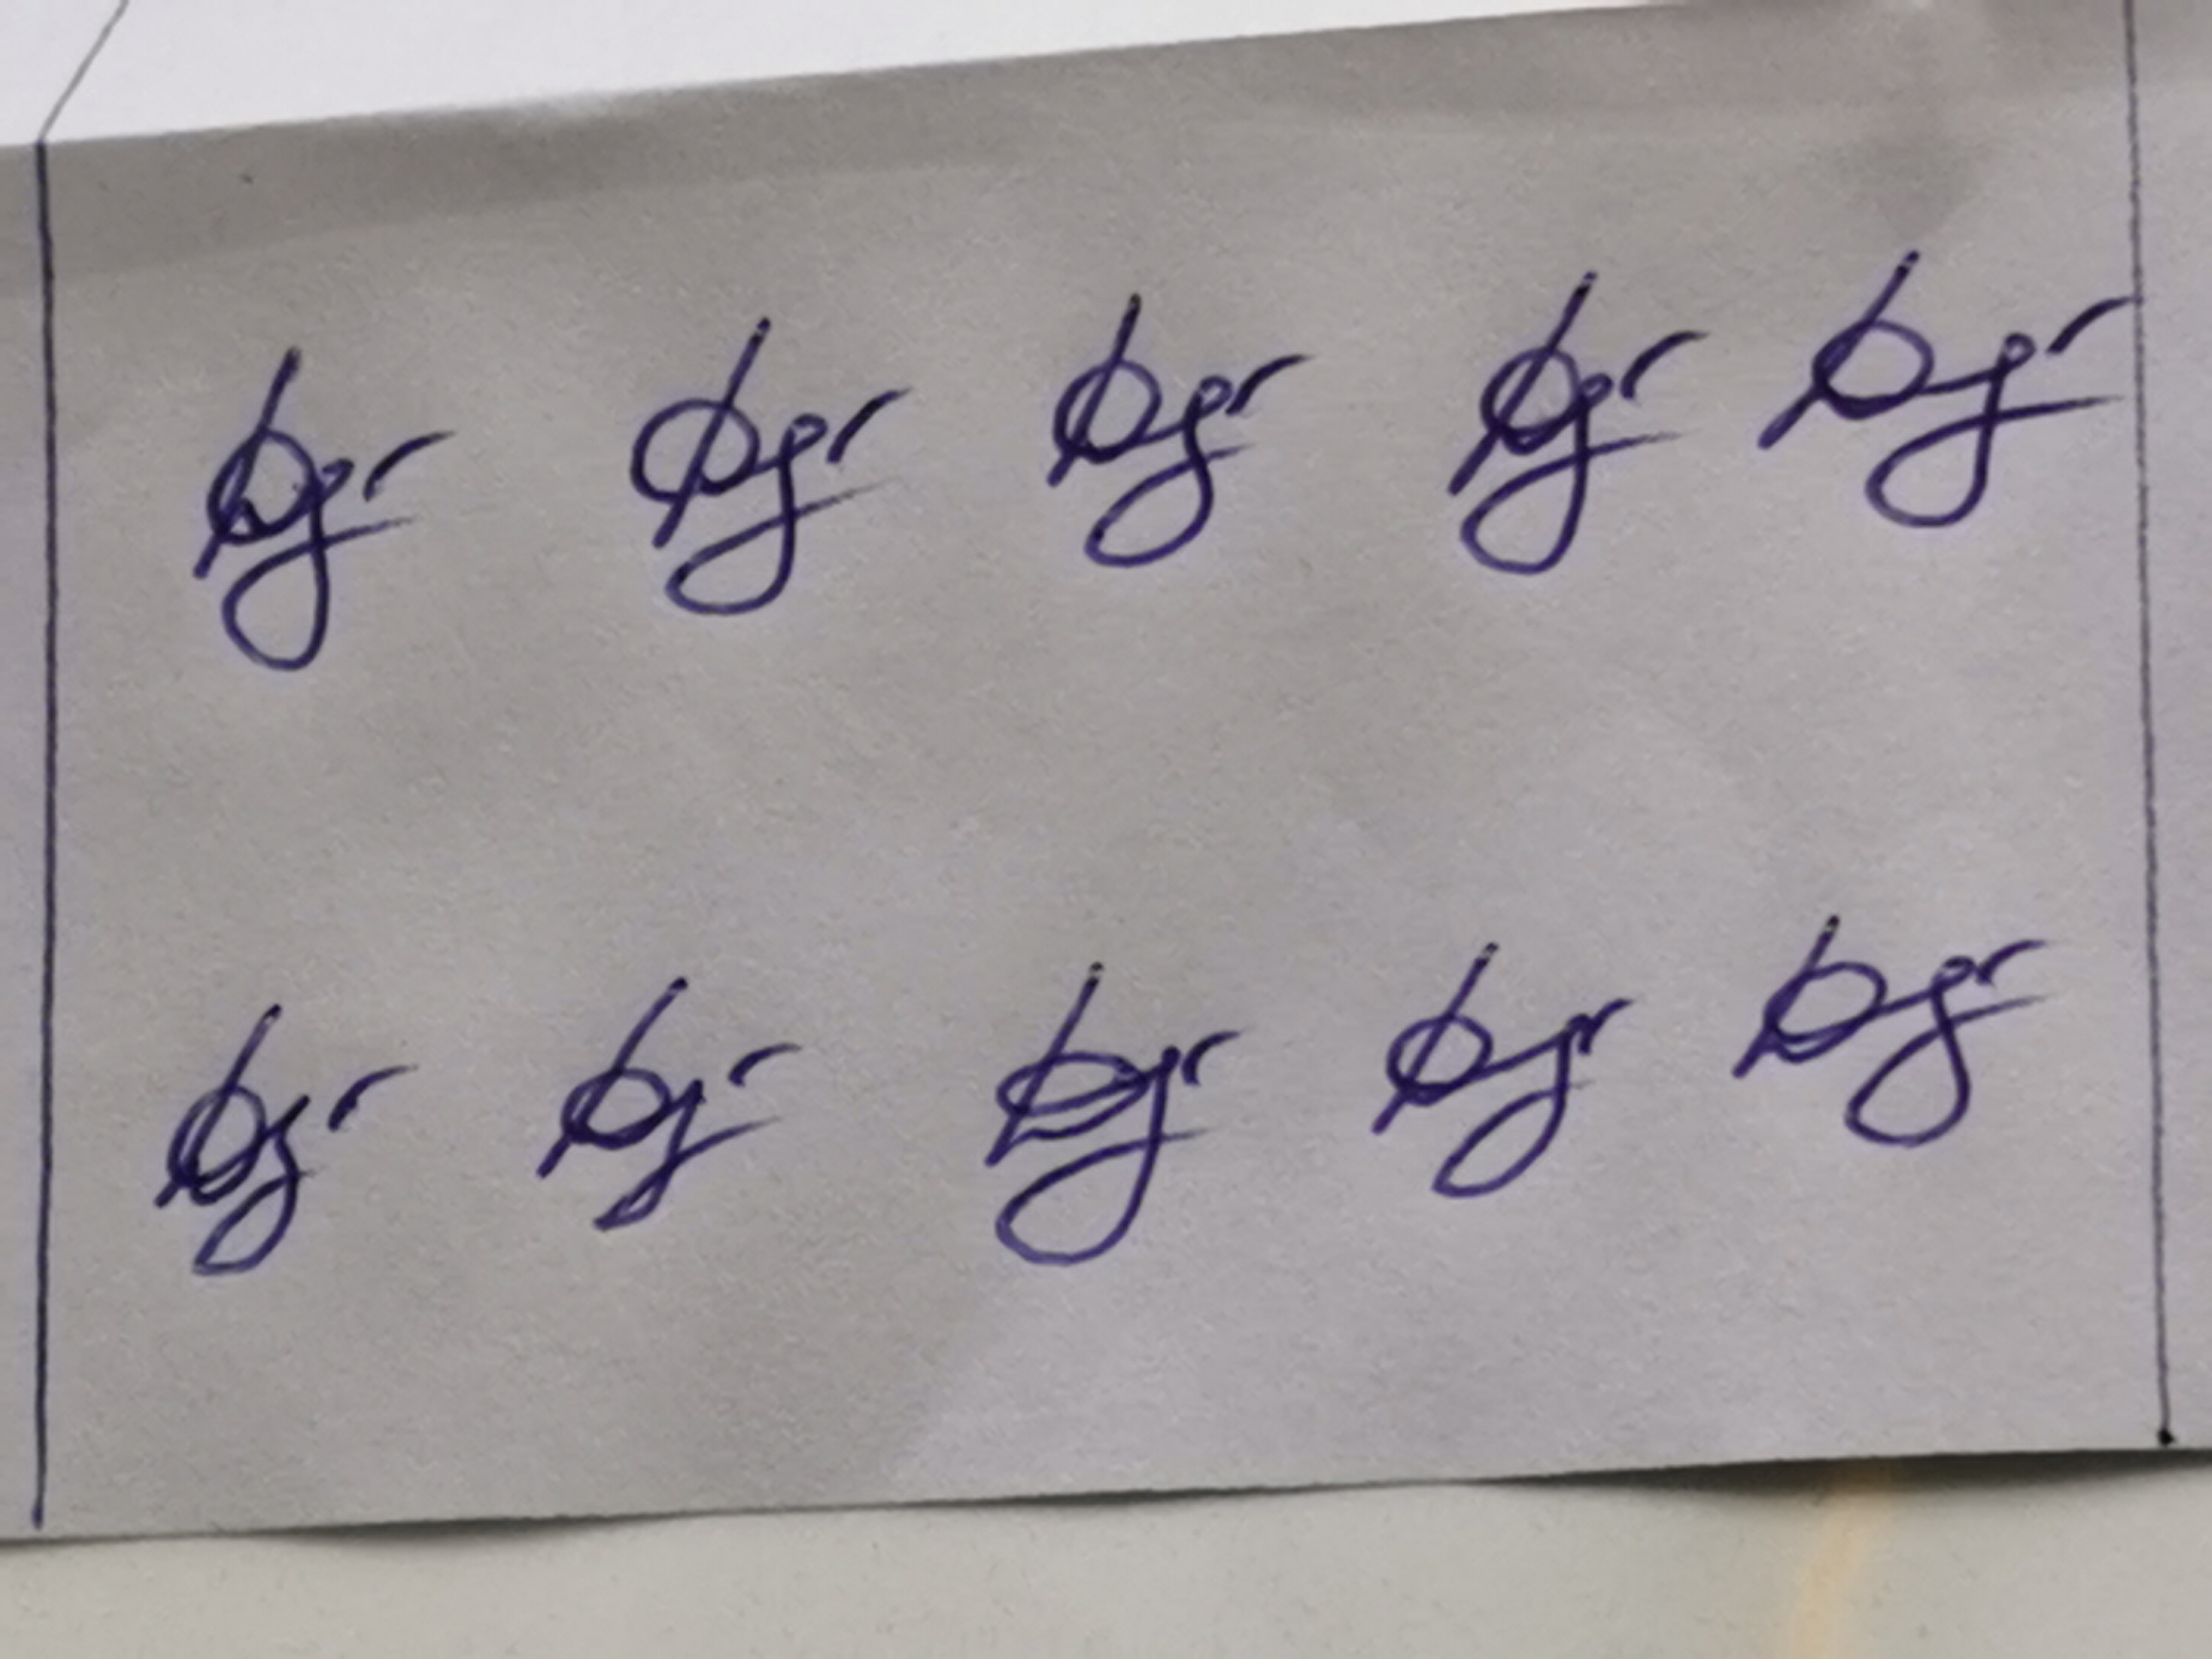
Signature authenticity: genuine